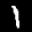
Label: 1